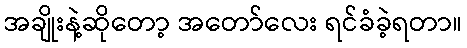
အချိုးနဲ့ဆိုတော့ အတော်လေး ရင်ခံခဲ့ရတာ။